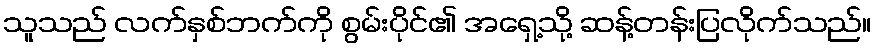
သူသည် လက်နှစ်ဘက်ကို စွမ်းပိုင်၏ အရှေ့သို့ ဆန့်တန်းပြလိုက်သည်။